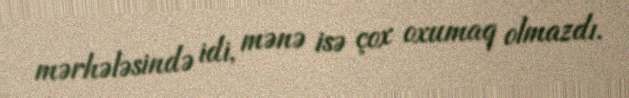
mərhələsində idi, mənə isə çox oxumaq olmazdı.